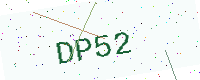
Text: DP52